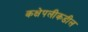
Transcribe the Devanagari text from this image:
कक्षेपलीकडील